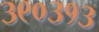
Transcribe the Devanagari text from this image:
३९०३१३